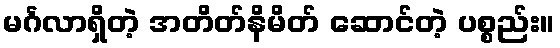
မင်္ဂလာရှိတဲ့ အတိတ်နိမိတ် ဆောင်တဲ့ ပစ္စည်း။